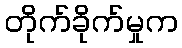
တိုက်ခိုက်မှုက